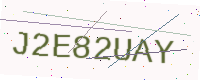
Text: J2E82UAY